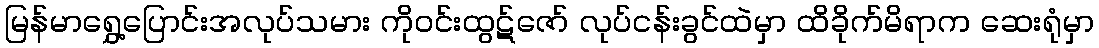
မြန်မာရွှေ့ပြောင်းအလုပ်သမား ကိုဝင်းထွဋ်ဇော် လုပ်ငန်းခွင်ထဲမှာ ထိခိုက်မိရာက ဆေးရုံမှာ